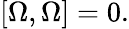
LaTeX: \left[\Omega,\Omega\right]=0.